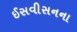
ઈસવીસનના